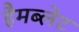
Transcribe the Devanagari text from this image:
हैमब्लेट